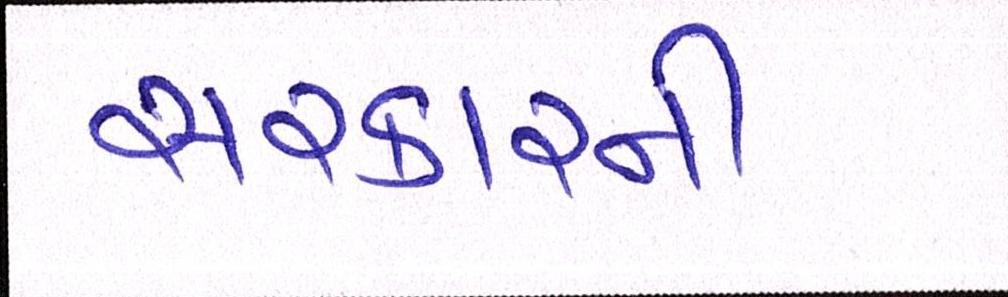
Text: સરકારની